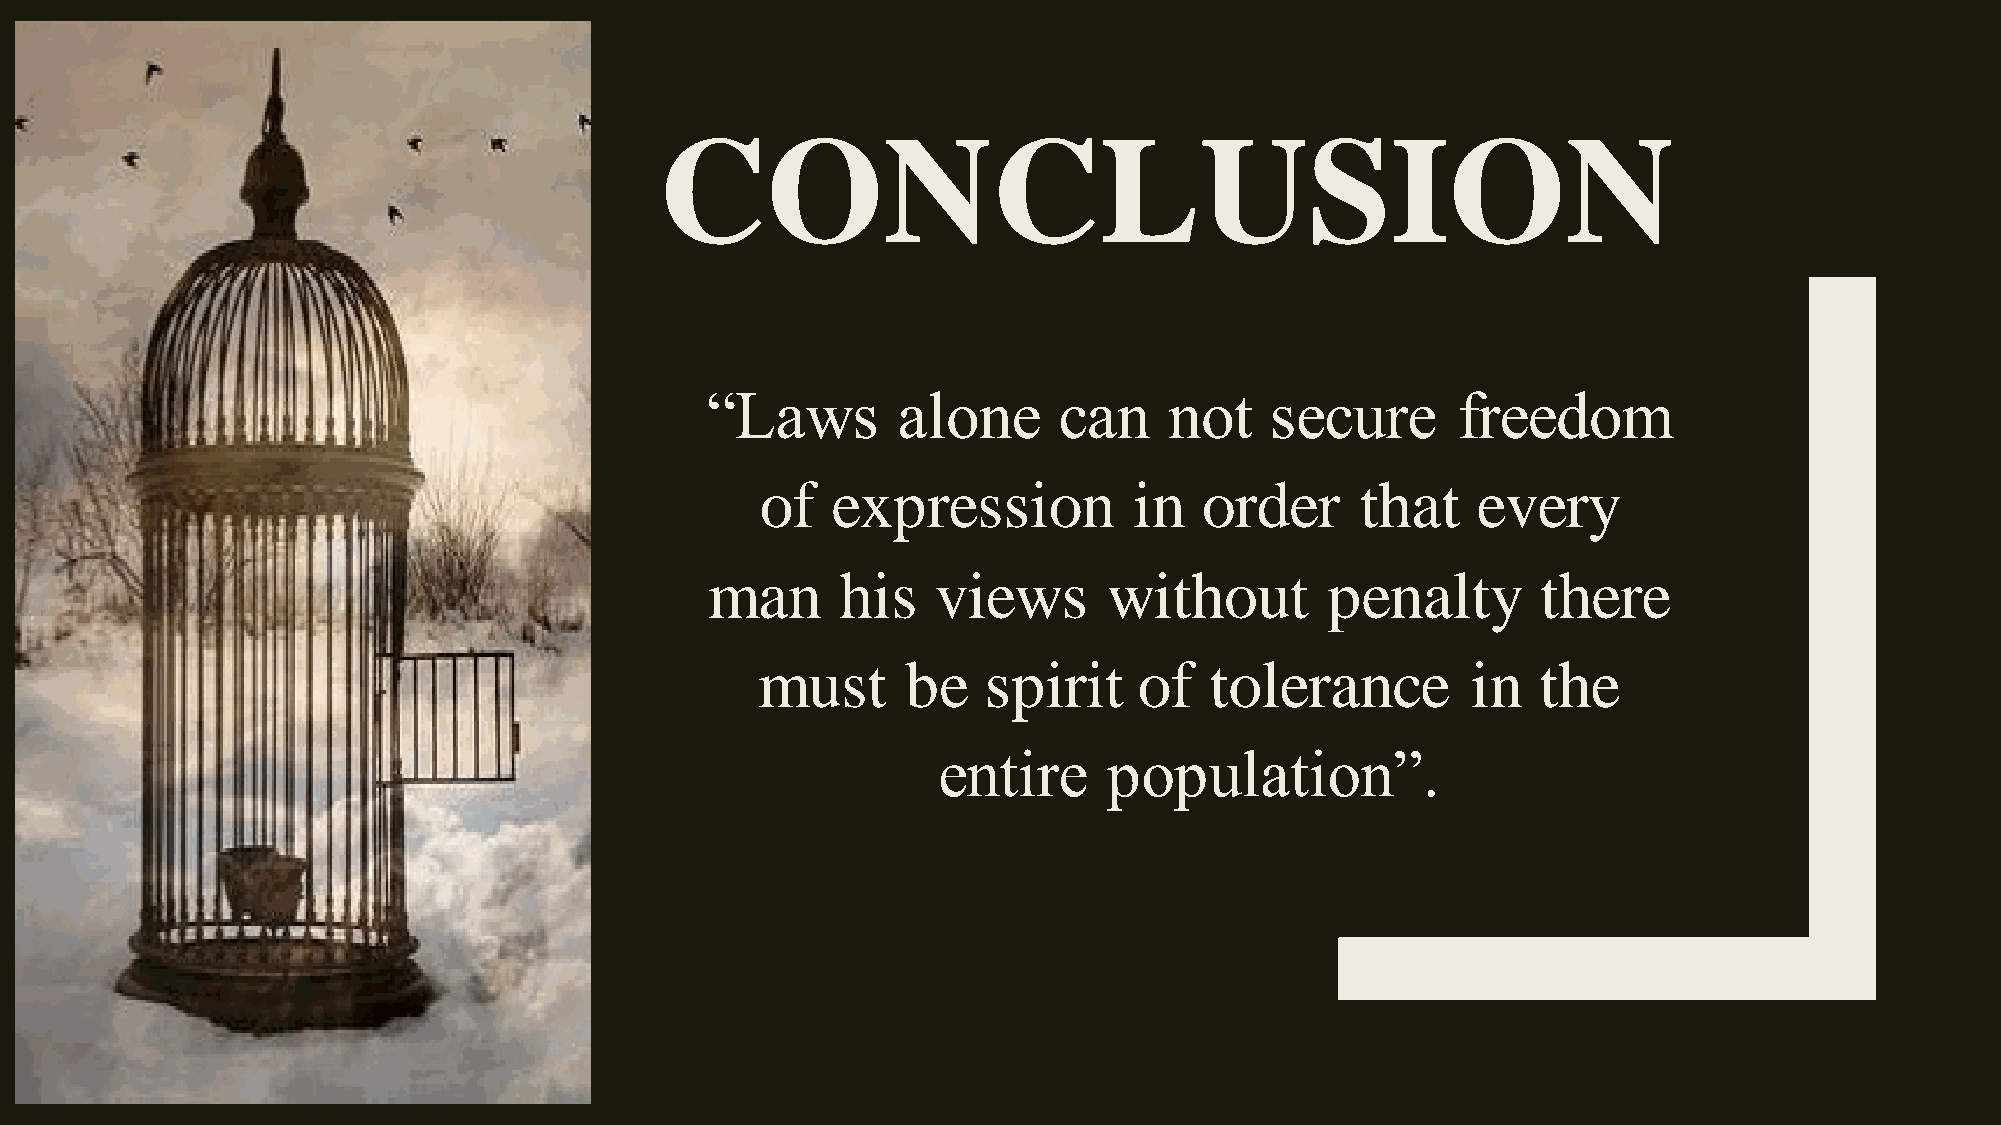
CONCLUSION
 “Laws       alone      can    not    secure      freedom
 of   expression          in   order     that    every
 man      his   views      without        penalty       there
 must      be   spirit    of   tolerance        in   the
 entire     population”.